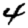
Digit: 4